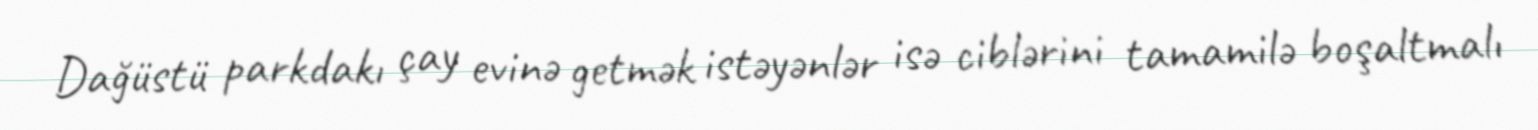
Dağüstü parkdakı çay evinə getmək istəyənlər isə ciblərini tamamilə boşaltmalı